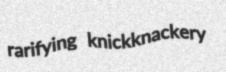
rarifying knickknackery